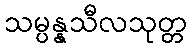
သမ္ပန္နသီလသုတ္တ